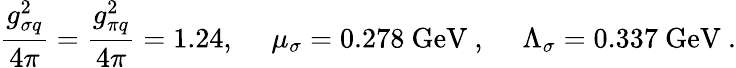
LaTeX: \frac{g_{\sigma q}^{2}}{4\pi}=\frac{g_{\pi q}^{2}}{4\pi}=1.24,~~~~~\mu_{\sigma}=0.278\ \mathrm{GeV}\ ,~~~~~\Lambda_{\sigma}=0.337\ \mathrm{GeV}\ .